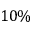
1 0 \%